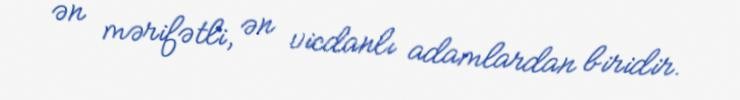
ən mərifətli, ən vicdanlı adamlardan biridir.